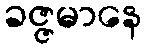
ခဇ္ဇမာနေ